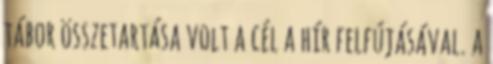
tábor összetartása volt a cél a hír felfújásával. a